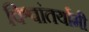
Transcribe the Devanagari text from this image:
विश्वांतर्यामी